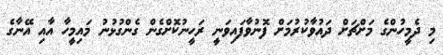
މި ދެމީހުންގެ މަށްޗަށް ދައުވާކުރުމަށް ފޮނުވާފައިވަނީ ރަހީނުކޮށްގެން ގެންގުޅުނު މައިމީހާ އާއި އޭނާގެ